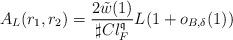
LaTeX: \begin{align*}A_L(r_1,r_2) = \frac{2\tilde{w}(1)}{\sharp Cl_F^{\mathfrak{q} }} L(1+o_{B,\delta}(1)) \end{align*}